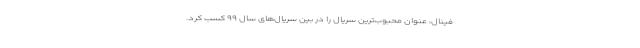
فینال، عنوان محبوب‌ترین سریال را در بین سریال‌های سال ۹۹ کسب کرد.